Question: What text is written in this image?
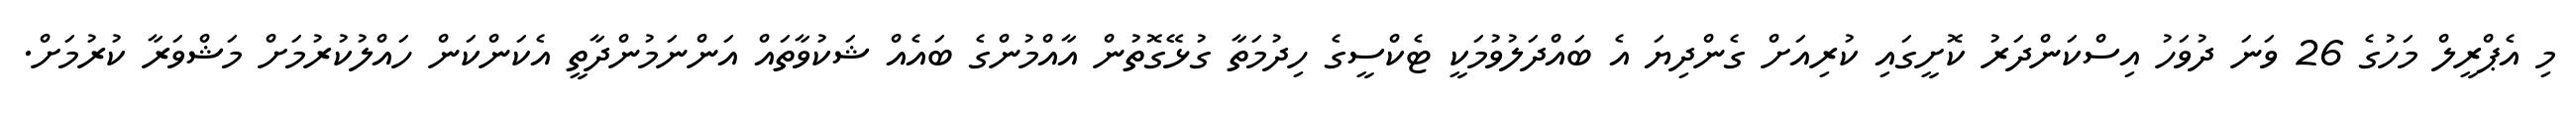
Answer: މި އެޕްރީލް މަހުގެ 26 ވަނަ ދުވަހު އިސްކަންދަރު ކޮށީގައި ކުރިއަށް ގެންދިޔަ އެ ބައްދަލުވުމަކީ ޓެކްސީގެ ހިދުމަތާ ގުޅޭގޮތުން އާއްމުންގެ ބައެއް ޝަކުވާތައް އަންނަމުންދާތީ އެކަންކަން ހައްލުކުރުމަށް މަޝްވަރާ ކުރުމަށް.